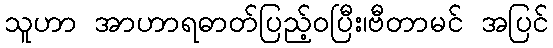
သူဟာ အာဟာရဓာတ်ပြည့်ဝပြီး၊ဗီတာမင် အပြင်